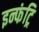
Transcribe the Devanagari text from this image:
इन्फंट्रि